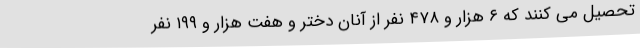
تحصیل می کنند که ۶ هزار و ۴۷۸ نفر از آنان دختر و هفت هزار و ۱۹۹ نفر